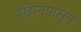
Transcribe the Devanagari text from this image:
रेझिनपासून